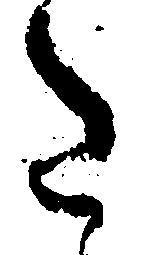
た